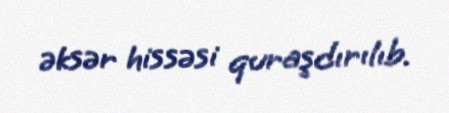
əksər hissəsi quraşdırılıb.